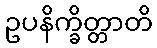
ဥပနိက္ခိတ္တာတိ